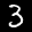
Label: 3